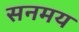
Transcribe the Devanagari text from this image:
सनमय